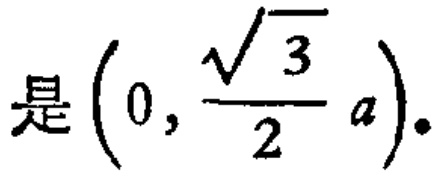
是\(\left(0,\frac{\sqrt{3}}{2}a\right)\).